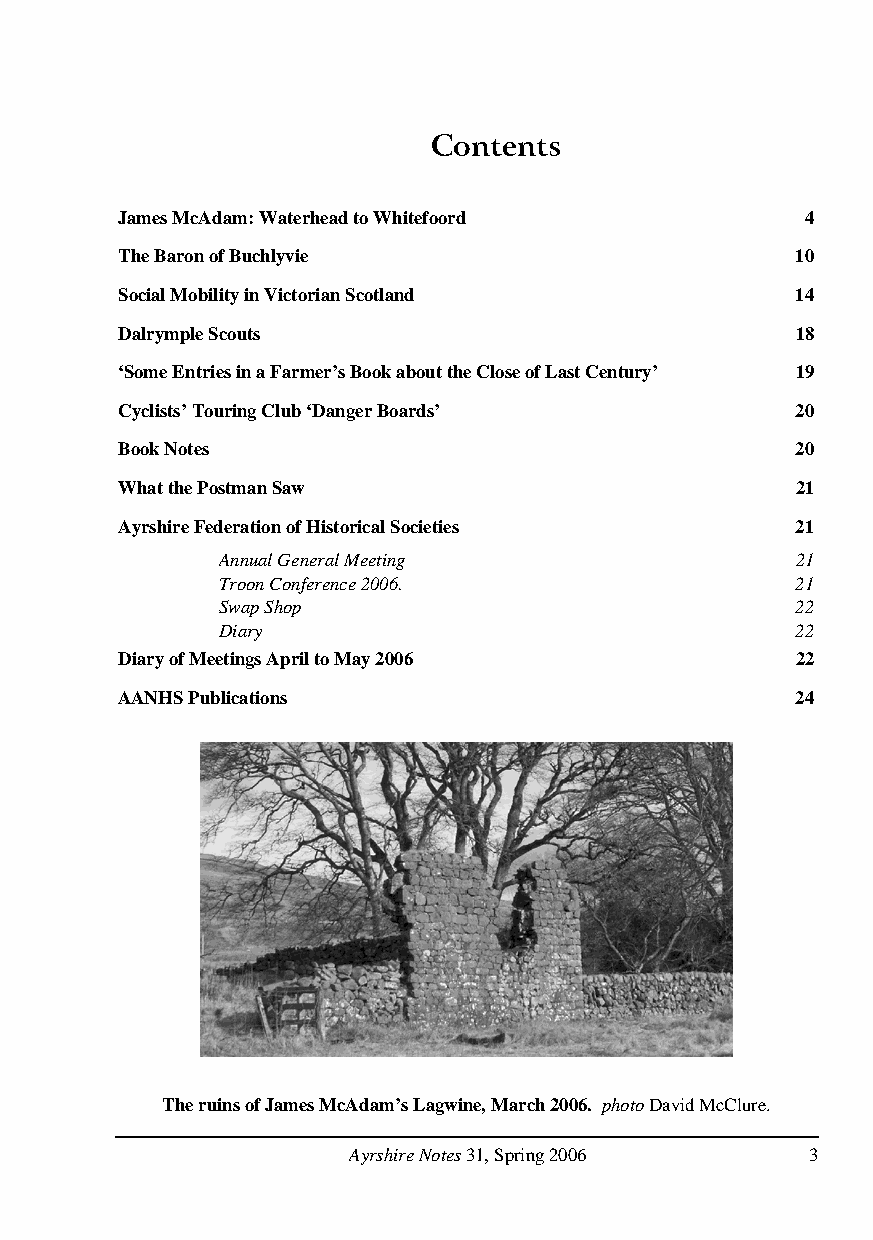
Contents
 James McAdam: Waterhead to Whitefoord        4
 The Baron of Buchlyvie                       10
 Social Mobility in Victorian Scotland        14
 Dalrymple Scouts                             18
 ‘Some Entries in a Farmer’s Book about the Close of Last Century’ 19
 Cyclists’ Touring Club ‘Danger Boards’       20
 Book Notes                                   20
 What the Postman Saw                         21
 Ayrshire Federation of Historical Societies  21
 Annual General Meeting                 21
 Troon Conference 2006.                 21
 Swap Shop                              22
 Diary                                  22
 Diary of Meetings April to May 2006          22
 AANHS Publications                           24
 The ruins of James McAdam’s Lagwine, March 2006. photo David McClure.
 Ayrshire Notes 31, Spring 2006 3